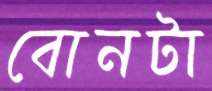
বোনটা